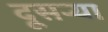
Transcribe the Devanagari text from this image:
दूसऱ्या